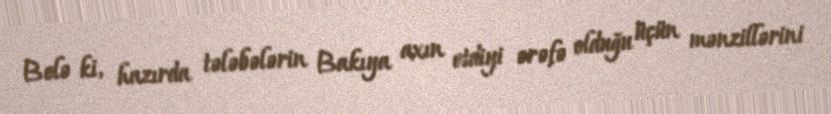
Belə ki, hazırda tələbələrin Bakıya axın etdiyi ərəfə olduğu üçün mənzillərini